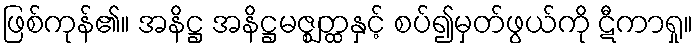
ဖြစ်ကုန်၏။ အနိဋ္ဌ အနိဋ္ဌမဇ္ဈတ္ထနှင့် စပ်၍မှတ်ဖွယ်ကို ဋီကာရှု။